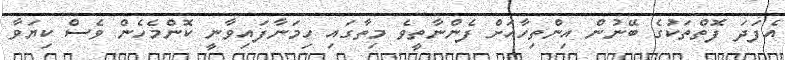
އެފަދަ ފޮތްތަކުގެ ބޭނުން އިންތިހާއަށް ފެންނާތީވެ މިތާގައި ހިމަނާފައިވާނީ ކޮންމެހެން ވެސް ކިޔަވާ